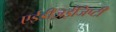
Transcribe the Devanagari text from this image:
एईडीज़ईजिप्टी